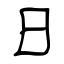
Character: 日